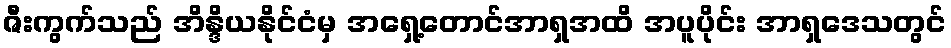
ဇီးကွက်သည် အိန္ဒိယနိုင်ငံမှ အရှေ့တောင်အာရှအထိ အပူပိုင်း အာရှဒေသတွင်